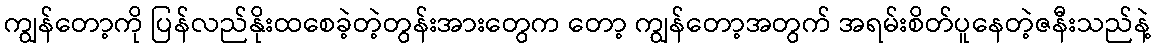
ကျွန်တော့ကို ပြန်လည်နိုးထစေခဲ့တဲ့တွန်းအားတွေက တော့ ကျွန်တော့အတွက် အရမ်းစိတ်ပူနေတဲ့ဇနီးသည်နဲ့